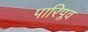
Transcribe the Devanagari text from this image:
पारिप्लव